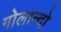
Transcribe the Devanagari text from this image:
गोलान्दो